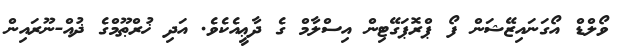
ވޯލްޑް އޯގަނައިޒޭޝަން ފޯ ޕްރޮޕަގޭޓިން އިސްލާމް ގެ ދާޢީއެކެވެ. އަދި ޚުރްޠޫމްގެ ޛުއް-ނޫރައިން